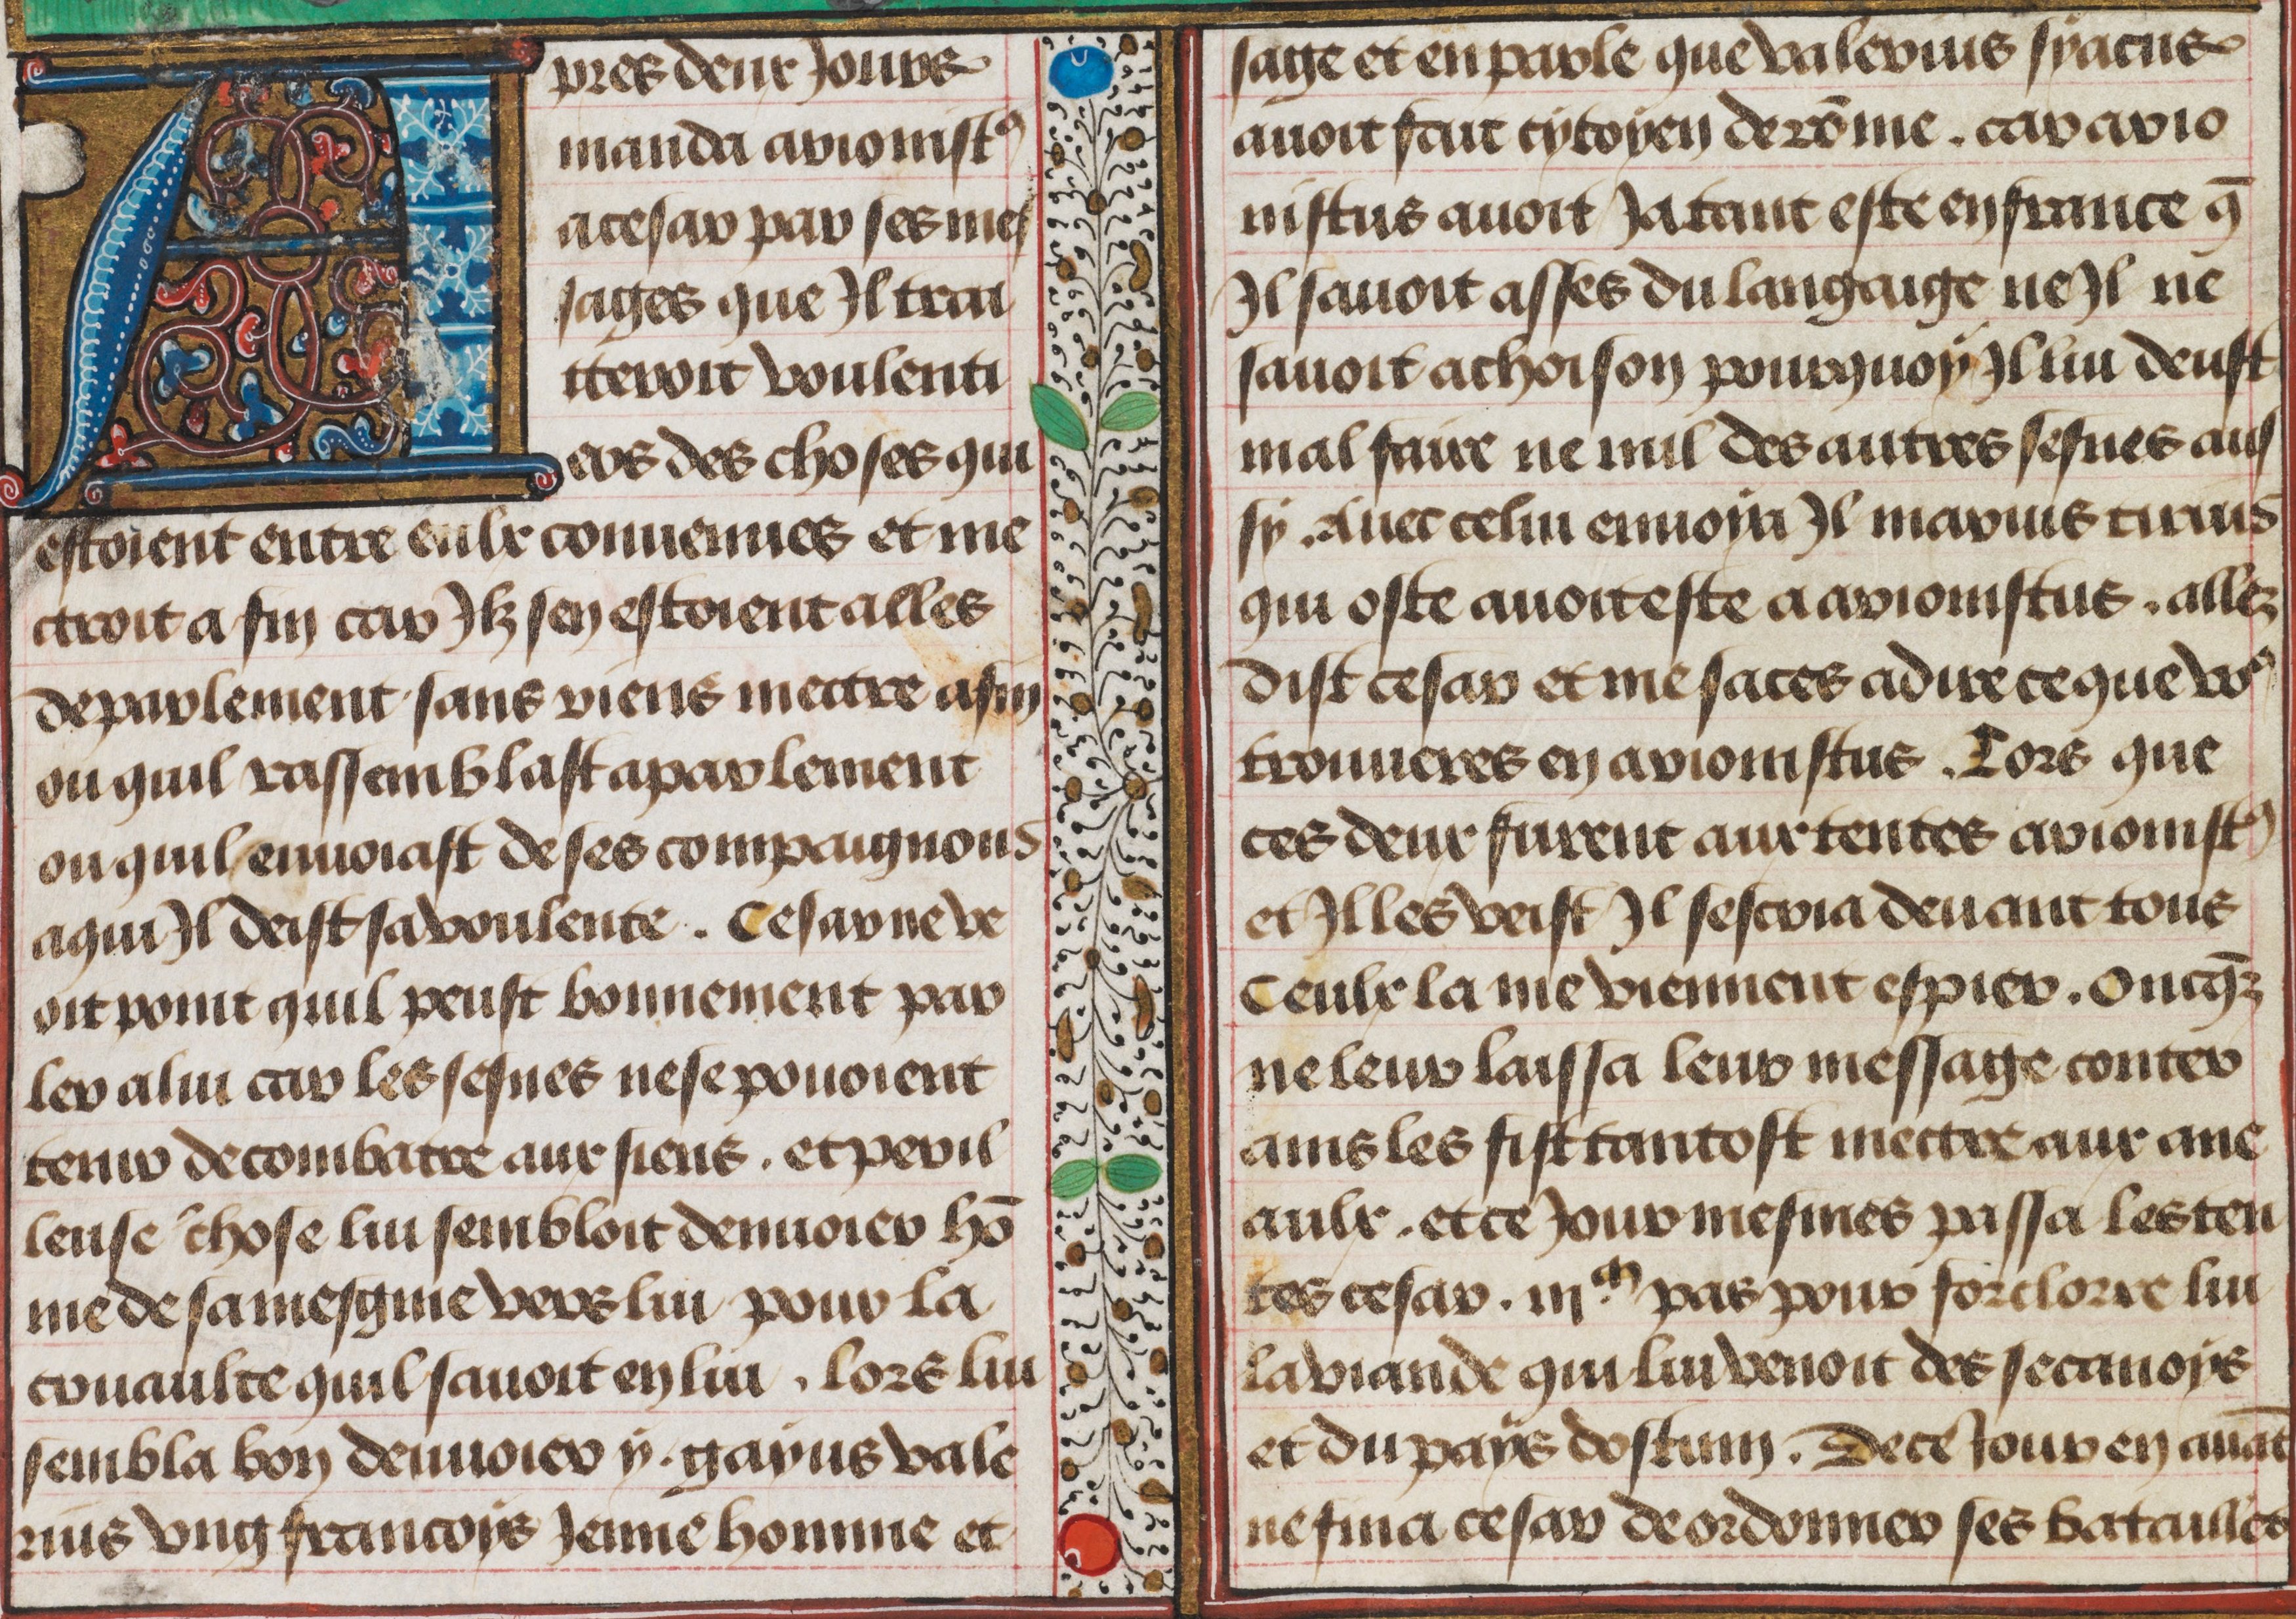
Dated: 1450–1474